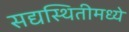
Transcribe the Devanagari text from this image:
सद्यस्थितीमध्ये